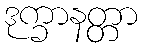
ဒုက္ခာနတ္တာ